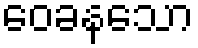
ဝေခနသော